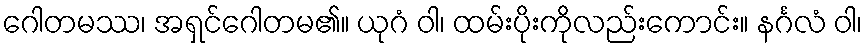
ဂေါတမဿ၊ အရှင်ဂေါတမ၏။ ယုဂံ ဝါ၊ ထမ်းပိုးကိုလည်းကောင်း။ နင်္ဂလံ ဝါ၊